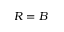
R = B